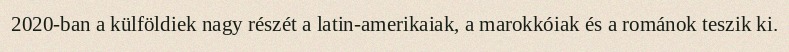
2020-ban a külföldiek nagy részét a latin-amerikaiak, a marokkóiak és a románok teszik ki.